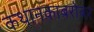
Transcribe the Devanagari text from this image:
कथानकाबरोबर